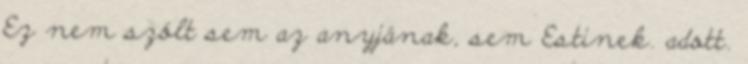
Ez nem szólt sem az anyjának, sem Estinek. adott.